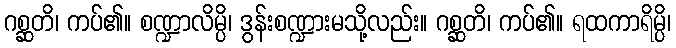
ဂစ္ဆတိ၊ ကပ်၏။ စဏ္ဍာလိမ္ပိ၊ ဒွန်းစဏ္ဍားမသို့လည်း။ ဂစ္ဆတိ၊ ကပ်၏။ ရထကာရိမ္ပိ၊